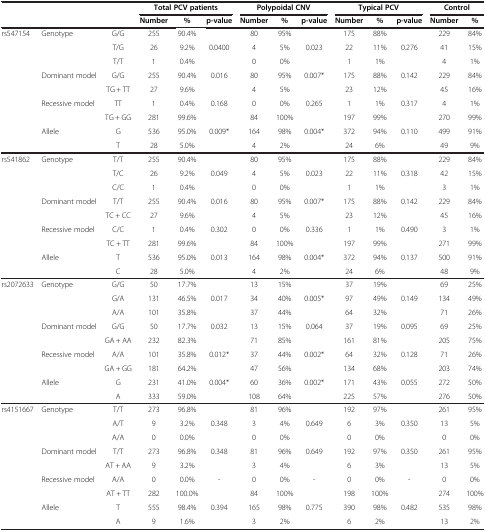
<table><thead><tr><td><b> </b></td><td><b> </b></td><td><b> </b></td><td colspan="3"><b>Total PCV patients</b></td><td colspan="3"><b>Polypoidal CNV</b></td><td colspan="3"><b>Typical PCV</b></td><td colspan="2"><b>Control</b></td></tr><tr><td><b> </b></td><td><b> </b></td><td><b> </b></td><td><b>Number</b></td><td><b>%</b></td><td><b>p-value</b></td><td><b>Number</b></td><td><b>%</b></td><td><b>p-value</b></td><td><b>Number</b></td><td><b>%</b></td><td><b>p-value</b></td><td><b>Number</b></td><td><b>%</b></td></tr></thead><tbody><tr><td>rs547154</td><td>Genotype</td><td>G/G</td><td>255</td><td>90.4%</td><td>80</td><td>95%</td><td>175</td><td>88%</td><td>229</td><td>84%</td><td></td><td></td><td> </td></tr><tr><td> </td><td> </td><td>T/G</td><td>26</td><td>9.2%</td><td>0.0400</td><td>4</td><td>5%</td><td>0.023</td><td>22</td><td>11%</td><td>0.276</td><td>41</td><td>15%</td></tr><tr><td> </td><td> </td><td>T/T</td><td>1</td><td>0.4%</td><td> </td><td>0</td><td>0%</td><td> </td><td>1</td><td>1%</td><td> </td><td>4</td><td>1%</td></tr><tr><td> </td><td>Dominant model</td><td>G/G</td><td>255</td><td>90.4%</td><td>0.016</td><td>80</td><td>95%</td><td>0.007*</td><td>175</td><td>88%</td><td>0.142</td><td>229</td><td>84%</td></tr><tr><td> </td><td> </td><td>TG + TT</td><td>27</td><td>9.6%</td><td> </td><td>4</td><td>5%</td><td> </td><td>23</td><td>12%</td><td> </td><td>45</td><td>16%</td></tr><tr><td> </td><td>Recessive model</td><td>TT</td><td>1</td><td>0.4%</td><td>0.168</td><td>0</td><td>0%</td><td>0.265</td><td>1</td><td>1%</td><td>0.317</td><td>4</td><td>1%</td></tr><tr><td> </td><td> </td><td>TG + GG</td><td>281</td><td>99.6%</td><td> </td><td>84</td><td>100%</td><td> </td><td>197</td><td>99%</td><td> </td><td>270</td><td>99%</td></tr><tr><td> </td><td>Allele</td><td>G</td><td>536</td><td>95.0%</td><td>0.009*</td><td>164</td><td>98%</td><td>0.004*</td><td>372</td><td>94%</td><td>0.110</td><td>499</td><td>91%</td></tr><tr><td> </td><td> </td><td>T</td><td>28</td><td>5.0%</td><td> </td><td>4</td><td>2%</td><td> </td><td>24</td><td>6%</td><td> </td><td>49</td><td>9%</td></tr><tr><td>rs541862</td><td>Genotype</td><td>T/T</td><td>255</td><td>90.4%</td><td> </td><td>80</td><td>95%</td><td> </td><td>175</td><td>88%</td><td> </td><td>229</td><td>84%</td></tr><tr><td> </td><td> </td><td>T/C</td><td>26</td><td>9.2%</td><td>0.049</td><td>4</td><td>5%</td><td>0.023</td><td>22</td><td>11%</td><td>0.318</td><td>42</td><td>15%</td></tr><tr><td> </td><td> </td><td>C/C</td><td>1</td><td>0.4%</td><td> </td><td>0</td><td>0%</td><td> </td><td>1</td><td>1%</td><td> </td><td>3</td><td>1%</td></tr><tr><td> </td><td>Dominant model</td><td>T/T</td><td>255</td><td>90.4%</td><td>0.016</td><td>80</td><td>95%</td><td>0.007*</td><td>175</td><td>88%</td><td>0.142</td><td>229</td><td>84%</td></tr><tr><td> </td><td> </td><td>TC + CC</td><td>27</td><td>9.6%</td><td> </td><td>4</td><td>5%</td><td> </td><td>23</td><td>12%</td><td> </td><td>45</td><td>16%</td></tr><tr><td> </td><td>Recessive model</td><td>C/C</td><td>1</td><td>0.4%</td><td>0.302</td><td>0</td><td>0%</td><td>0.336</td><td>1</td><td>1%</td><td>0.490</td><td>3</td><td>1%</td></tr><tr><td> </td><td> </td><td>TC + TT</td><td>281</td><td>99.6%</td><td> </td><td>84</td><td>100%</td><td> </td><td>197</td><td>99%</td><td> </td><td>271</td><td>99%</td></tr><tr><td> </td><td>Allele</td><td>T</td><td>536</td><td>95.0%</td><td>0.013</td><td>164</td><td>98%</td><td>0.004*</td><td>372</td><td>94%</td><td>0.137</td><td>500</td><td>91%</td></tr><tr><td> </td><td> </td><td>C</td><td>28</td><td>5.0%</td><td> </td><td>4</td><td>2%</td><td> </td><td>24</td><td>6%</td><td> </td><td>48</td><td>9%</td></tr><tr><td>rs2072633</td><td>Genotype</td><td>G/G</td><td>50</td><td>17.7%</td><td> </td><td>13</td><td>15%</td><td> </td><td>37</td><td>19%</td><td> </td><td>69</td><td>25%</td></tr><tr><td> </td><td> </td><td>G/A</td><td>131</td><td>46.5%</td><td>0.017</td><td>34</td><td>40%</td><td>0.005*</td><td>97</td><td>49%</td><td>0.149</td><td>134</td><td>49%</td></tr><tr><td> </td><td> </td><td>A/A</td><td>101</td><td>35.8%</td><td> </td><td>37</td><td>44%</td><td> </td><td>64</td><td>32%</td><td> </td><td>71</td><td>26%</td></tr><tr><td> </td><td>Dominant model</td><td>G/G</td><td>50</td><td>17.7%</td><td>0.032</td><td>13</td><td>15%</td><td>0.064</td><td>37</td><td>19%</td><td>0.095</td><td>69</td><td>25%</td></tr><tr><td> </td><td> </td><td>GA + AA</td><td>232</td><td>82.3%</td><td> </td><td>71</td><td>85%</td><td> </td><td>161</td><td>81%</td><td> </td><td>205</td><td>75%</td></tr><tr><td> </td><td>Recessive model</td><td>A/A</td><td>101</td><td>35.8%</td><td>0.012*</td><td>37</td><td>44%</td><td>0.002*</td><td>64</td><td>32%</td><td>0.128</td><td>71</td><td>26%</td></tr><tr><td> </td><td> </td><td>GA + GG</td><td>181</td><td>64.2%</td><td> </td><td>47</td><td>56%</td><td> </td><td>134</td><td>68%</td><td> </td><td>203</td><td>74%</td></tr><tr><td> </td><td>Allele</td><td>G</td><td>231</td><td>41.0%</td><td>0.004*</td><td>60</td><td>36%</td><td>0.002*</td><td>171</td><td>43%</td><td>0.055</td><td>272</td><td>50%</td></tr><tr><td> </td><td> </td><td>A</td><td>333</td><td>59.0%</td><td> </td><td>108</td><td>64%</td><td> </td><td>225</td><td>57%</td><td> </td><td>276</td><td>50%</td></tr><tr><td>rs4151667</td><td>Genotype</td><td>T/T</td><td>273</td><td>96.8%</td><td> </td><td>81</td><td>96%</td><td> </td><td>192</td><td>97%</td><td> </td><td>261</td><td>95%</td></tr><tr><td> </td><td> </td><td>A/T</td><td>9</td><td>3.2%</td><td>0.348</td><td>3</td><td>4%</td><td>0.649</td><td>6</td><td>3%</td><td>0.350</td><td>13</td><td>5%</td></tr><tr><td> </td><td> </td><td>A/A</td><td>0</td><td>0.0%</td><td> </td><td>0</td><td>0%</td><td> </td><td>0</td><td>0%</td><td> </td><td>0</td><td>0%</td></tr><tr><td> </td><td>Dominant model</td><td>T/T</td><td>273</td><td>96.8%</td><td>0.348</td><td>81</td><td>96%</td><td>0.649</td><td>192</td><td>97%</td><td>0.350</td><td>261</td><td>95%</td></tr><tr><td> </td><td> </td><td>AT + AA</td><td>9</td><td>3.2%</td><td> </td><td>3</td><td>4%</td><td> </td><td>6</td><td>3%</td><td> </td><td>13</td><td>5%</td></tr><tr><td> </td><td>Recessive model</td><td>A/A</td><td>0</td><td>0.0%</td><td>-</td><td>0</td><td>0%</td><td>-</td><td>0</td><td>0%</td><td>-</td><td>0</td><td>0%</td></tr><tr><td> </td><td> </td><td>AT + TT</td><td>282</td><td>100.0%</td><td> </td><td>84</td><td>100%</td><td> </td><td>198</td><td>100%</td><td> </td><td>274</td><td>100%</td></tr><tr><td> </td><td>Allele</td><td>T</td><td>555</td><td>98.4%</td><td>0.394</td><td>165</td><td>98%</td><td>0.775</td><td>390</td><td>98%</td><td>0.482</td><td>535</td><td>98%</td></tr><tr><td> </td><td> </td><td>A</td><td>9</td><td>1.6%</td><td> </td><td>3</td><td>2%</td><td> </td><td>6</td><td>2%</td><td> </td><td>13</td><td>2%</td></tr></tbody></table>